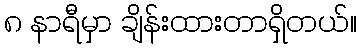
၈ နာရီမှာ ချိန်းထားတာရှိတယ်။